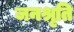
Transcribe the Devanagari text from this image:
जनश्रृति